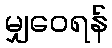
မျှဝေရန်